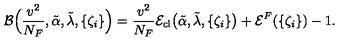
{ \cal B } \Bigl ( \frac { v ^ { 2 } } { N _ { F } } , \tilde { \alpha } , \tilde { \lambda } , \{ \zeta _ { i } \} \Bigr ) = \frac { v ^ { 2 } } { N _ { F } } { \cal E } _ { \mathrm { c l } } \bigl ( \tilde { \alpha } , \tilde { \lambda } , \{ \zeta _ { i } \} \bigr ) + { \cal E } ^ { F } ( \{ \zeta _ { i } \} ) - 1 .